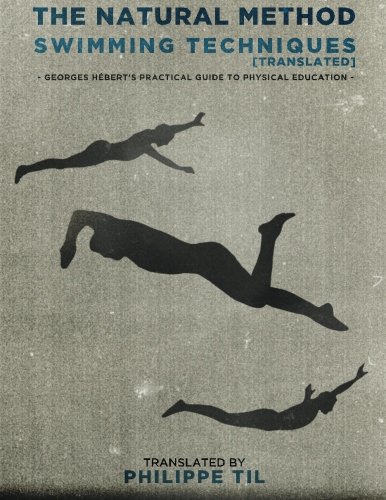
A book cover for The Natural Method: Swimming (Volume 5); Philippe Til; Sports & Outdoors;